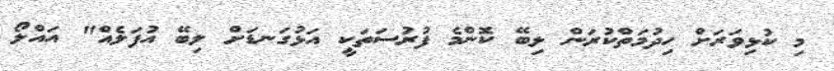
މި ކުޅިވަރަށް ހިދުމަތްކުރަން ލިބޭ ކޮންމެ ފުރުސަތަކީ އަޅުގަނޑަށް ލިބޭ އުފަލެއް" އައްލޯ